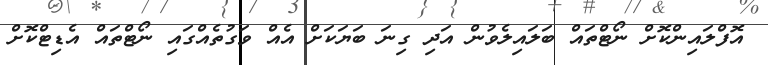
އޮފްލައިންކޮށް ނޯޓްތައް ބަލައިލެވުން އަދި ގިނަ ބަޔަކަށް އެއް ވަގުތެއްގައި ނޯޓްތައް އެޑިޓްކޮށް